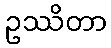
ဥဿိတာ